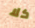
كلا